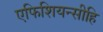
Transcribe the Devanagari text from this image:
एफिशियन्सीहि